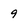
Character: 9